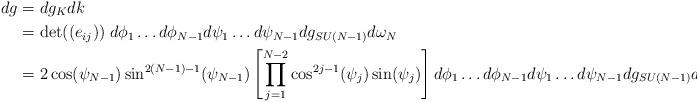
LaTeX: \begin{align*}dg&=dg_{K}dk\\&= \det((e_{ij}))\;d\phi_1\ldots d\phi_{N-1}d\psi_1\ldots d\psi_{N-1} dg_{SU(N-1)} d\omega_N\\&=2\cos(\psi_{N-1})\sin^{2(N-1)-1}(\psi_{N-1})\left[\prod_{j=1}^{N-2}\cos^{2j-1}(\psi_{j})\sin(\psi_j)\right]d\phi_1\ldots d\phi_{N-1}d\psi_1\ldots d\psi_{N-1} dg_{SU(N-1)}d\omega_{N-1}.\end{align*}